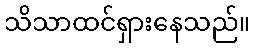
သိသာထင်ရှားနေသည်။